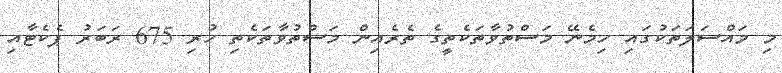
މި މައްސަލަތަކުގައި ހިމެނޭ މަސްތުވާތަކެތީގެ ތެރެއިން މަސްތުވާތަކެތި ހުރި 675 ރަބަރު ޕެކެޓާއި